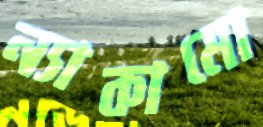
ন্যাকামো